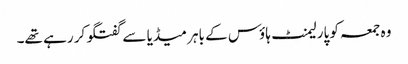
وہ جمعہ کو پارلیمنٹ ہاؤس کے باہر میڈیا سے گفتگو کر رہے تھے۔